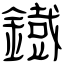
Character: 鐡